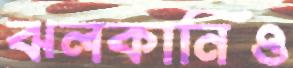
ঝলকানিও